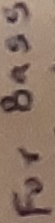
Text: FOR BASS